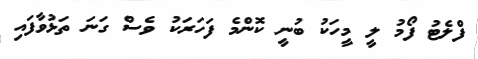
ފްލެޓު ފޯމު ލީ މީހަކު ބުނީ ކޮންމެ ފަހަރަކު ވެސް ގަނަ ތަޅުވާފައި